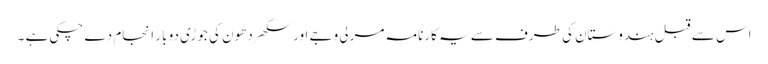
اس سے قبل ہندوستان کی طرف سے یہ کارنامہ مرلی وجے اور سکھر دھون کی جوڑی دو بار انجام دے چکی ہے ۔